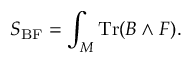
S _ { \mathrm { B F } } = \int _ { \cal M } \mathrm { T r } ( B \wedge F ) .